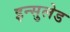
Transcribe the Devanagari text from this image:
इन्सुलेड